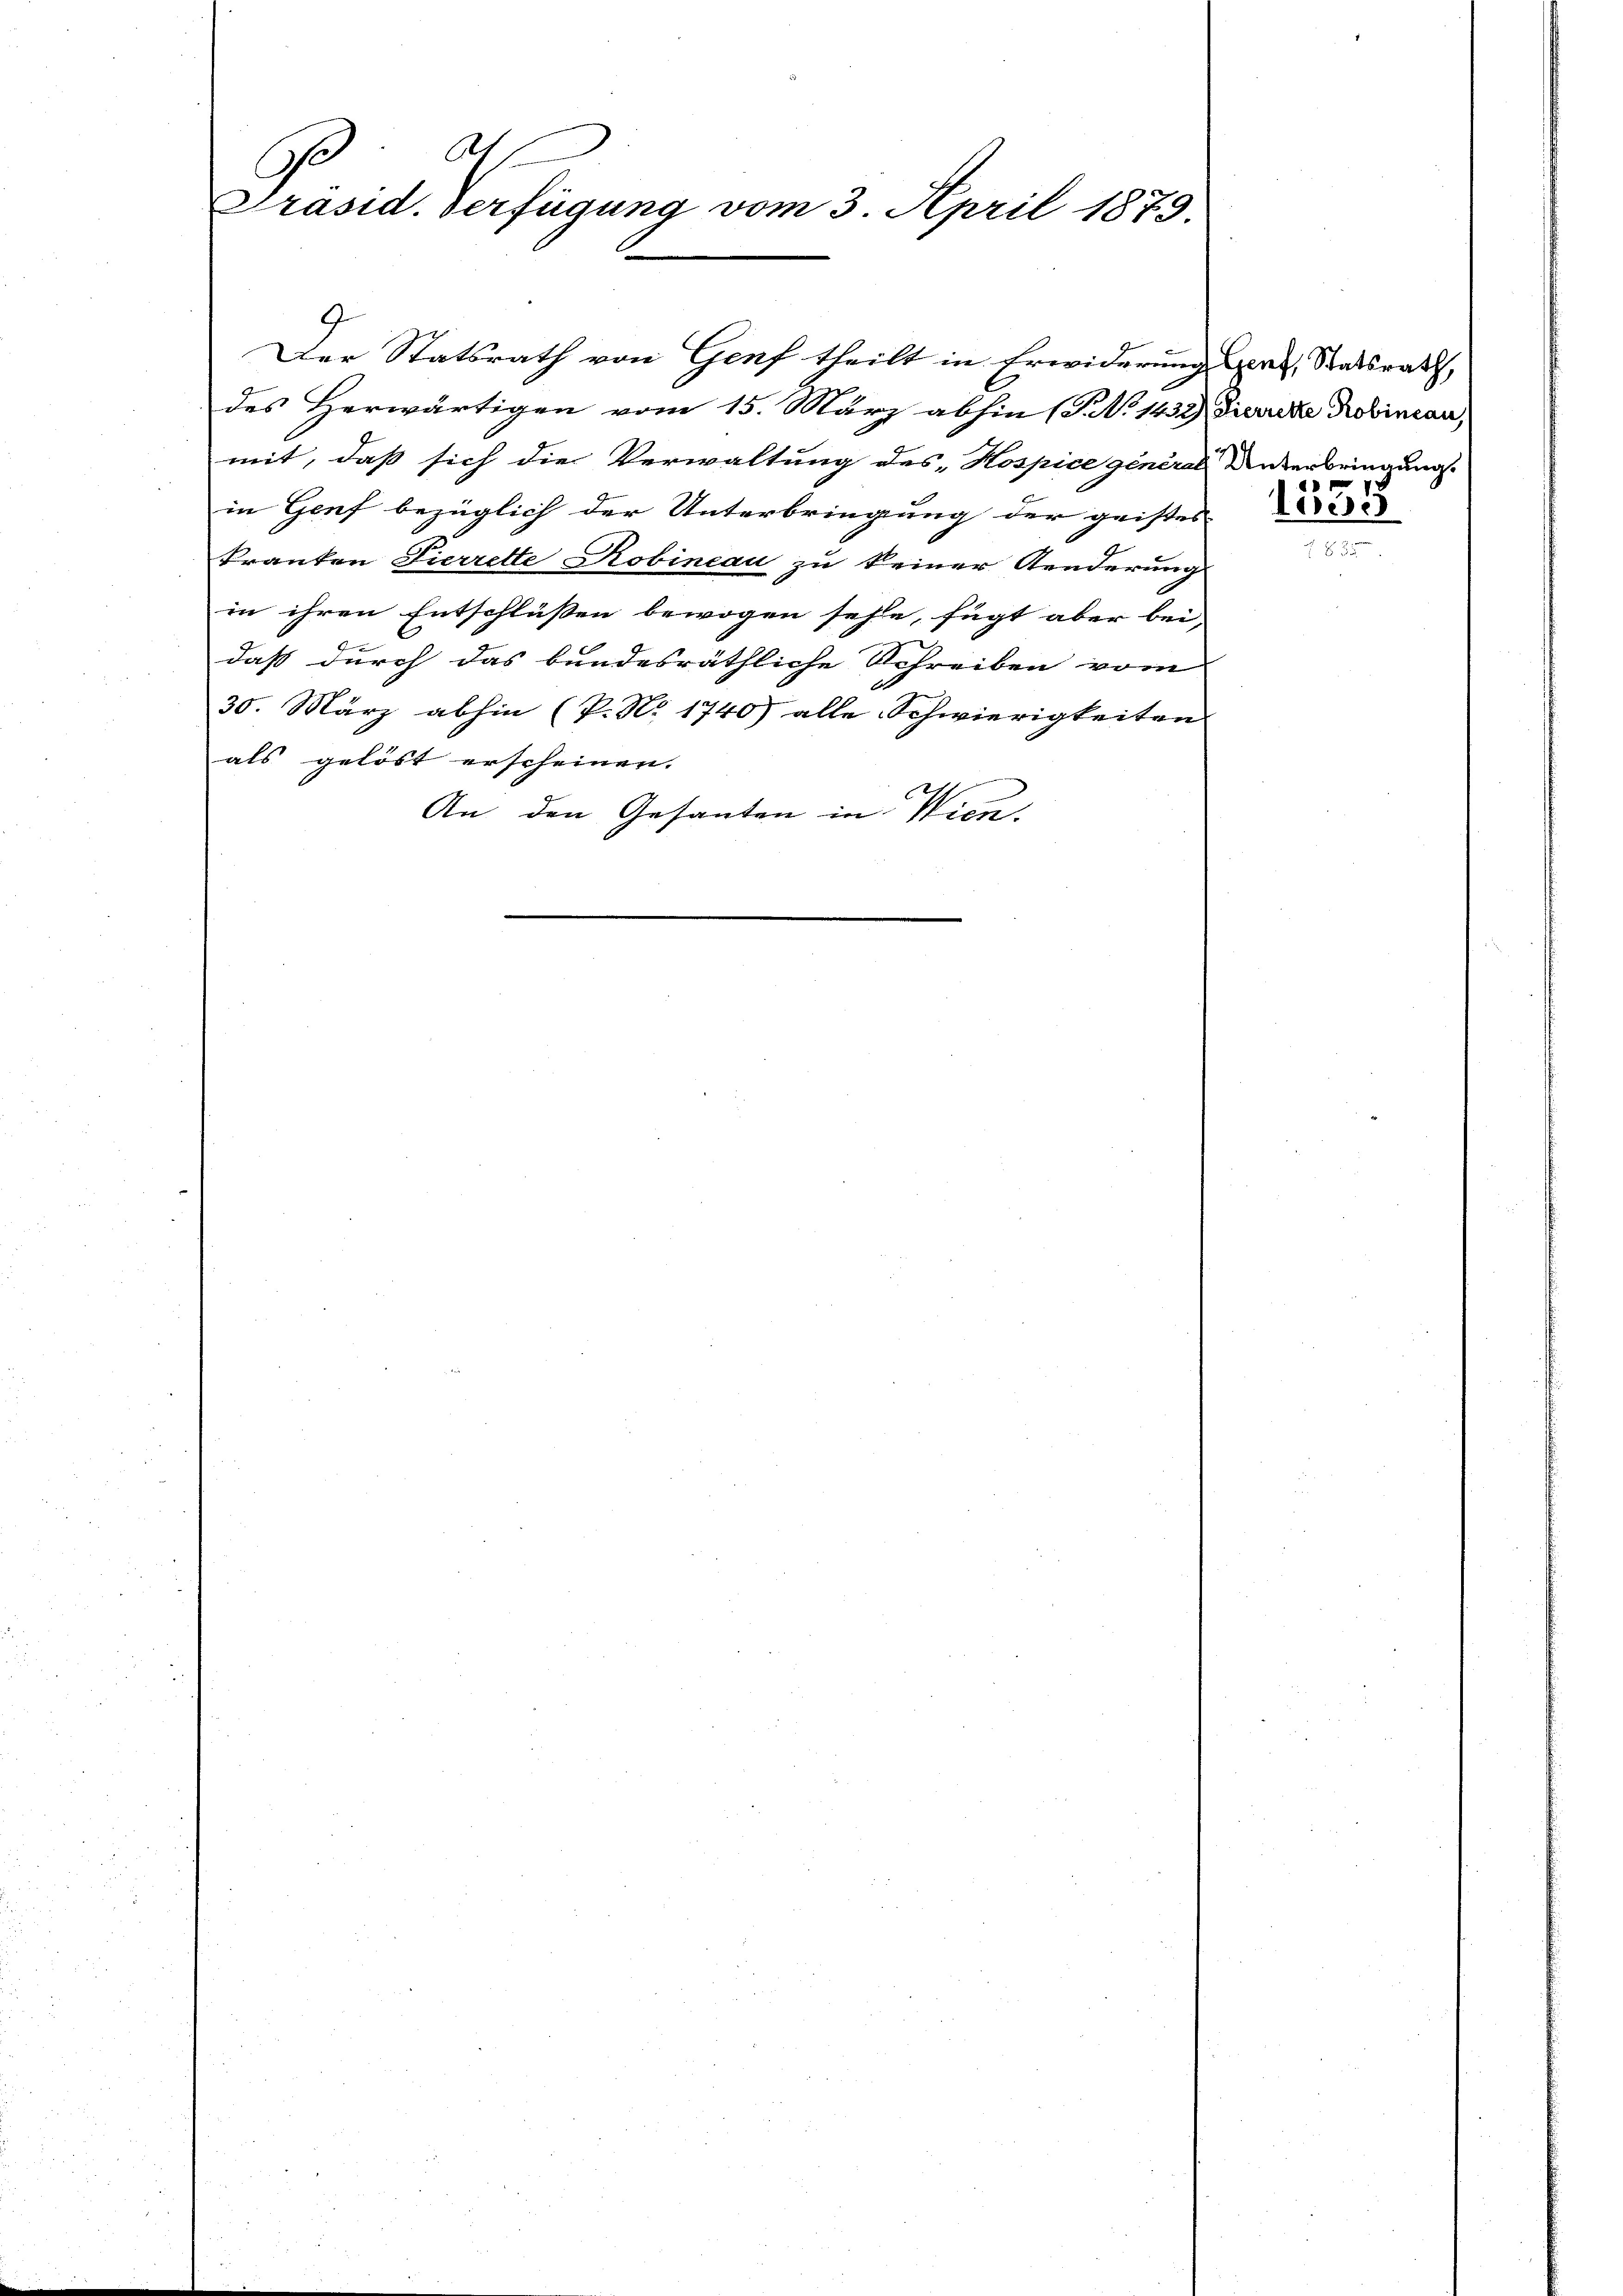
At f
G.
Präsid. Verfügung vom 3. April 1879.

Der Statsrath von Genf theilt in Erwiderung Herz, Statsrath,
des Herwärtigen vom 15. März abhin (T. No 1432) Dierke Probinian,
mit, daß sich die Verwaltung des Hospice general Widerbringung
in Genf bezüglich der Unterbringung der geistes
kranken Tierrette Robineau zu keiner Aenderung
in ihren Entschlüssen bewogen sehe, fügt aber bei-
daß durch das bundesräthliche Schreiben vom
30. März abhin (P. No 1740) alle Schwierigkeiten
als gelöst erscheinen.
An den Gesanten in Wien.

d
1055